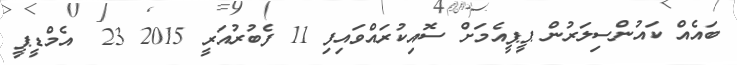
ބައެއްް ކައުންސިލަރުން ޕީޕީއެމަށް ސޮއިކުރައްވައިފި 11 ފެބުރުއަރީ 2015 23  އެމްޑީޕީ